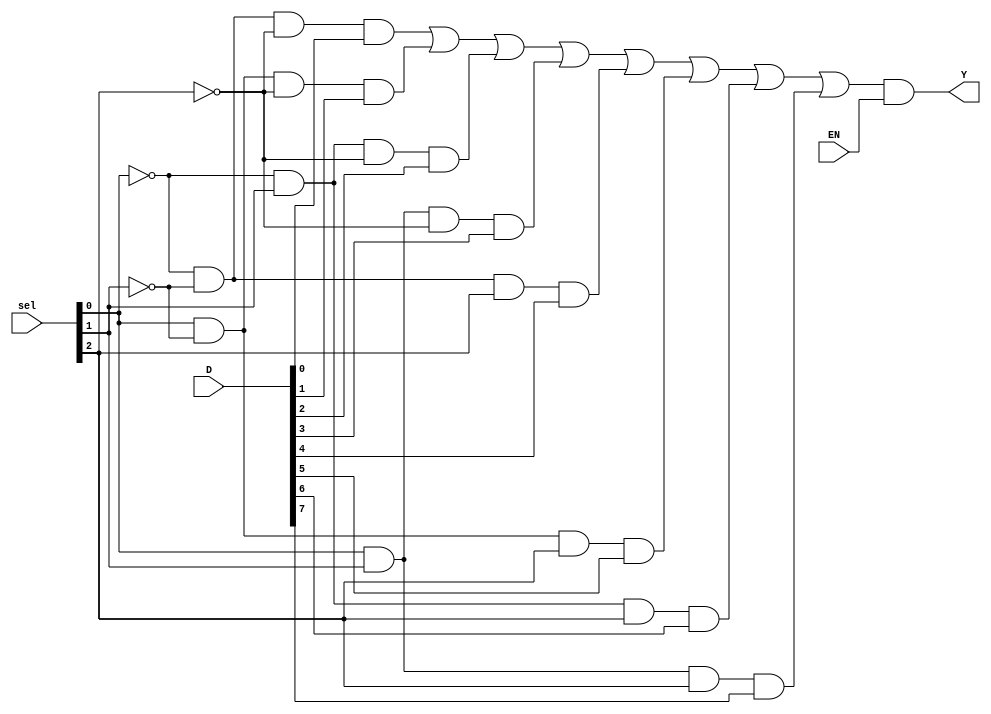
module mux8to1_g(D, sel, EN, Y);
    input   [7:0]   D;
    input   [2:0]   sel;
    input           EN;
    output  wire    Y;

    wire    [2:0]   nsel;
    wire    [7:0]   gate;
    wire            nen;

    not(nsel[0], sel[0]);
    not(nsel[1], sel[1]);
    not(nsel[2], sel[2]);

    and(gate[0], nsel[0], nsel[1], nsel[2], D[0]);
    and(gate[1], sel[0], nsel[1], nsel[2], D[1]);
    and(gate[2], nsel[0], sel[1], nsel[2], D[2]);
    and(gate[3], sel[0], sel[1], nsel[2], D[3]);
    and(gate[4], nsel[0], nsel[1], sel[2], D[4]);
    and(gate[5], sel[0], nsel[1], sel[2], D[5]);
    and(gate[6], nsel[0], sel[1], sel[2], D[6]);
    and(gate[7], sel[0], sel[1], sel[2], D[7]);

    or(nen, gate[0], gate[1], gate[2], gate[3], gate[4], gate[5], gate[6], gate[7]);
    and(Y, nen, EN);

endmodule